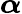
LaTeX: \boldsymbol{\alpha}